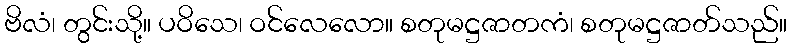
ဗိလံ၊ တွင်းသို့။ ပဝိသေ၊ ဝင်လေလော။ စတုမဋ္ဌဇာတကံ၊ စတုမဋ္ဌဇာတ်သည်။